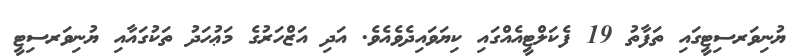
ޔުނިވަރސިޓީގައި ތަފާތު 19 ފެކަލްޓީއެއްގައި ކިޔަވައިދެވެއެވެ. އަދި އަޒްހަރުގެ މަޢުހަދު ތަކުގައާއި ޔުނިވަރސިޓީ